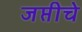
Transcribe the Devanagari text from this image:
जप्तीचे